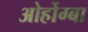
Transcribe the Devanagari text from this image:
ओर्होग्बा